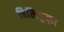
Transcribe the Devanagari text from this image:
बिलिगुद्डा